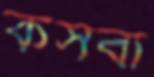
কসবী